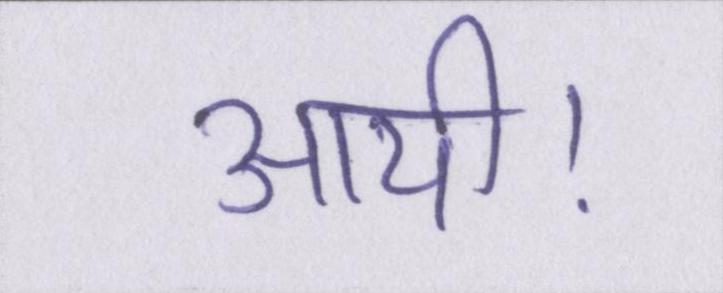
आयी।